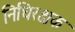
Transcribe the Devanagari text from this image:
निधिरक्षक